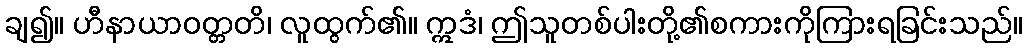
ချ၍။ ဟီနာယာဝတ္တတိ၊ လူထွက်၏။ ဣဒံ၊ ဤသူတစ်ပါးတို့၏စကားကိုကြားရခြင်းသည်။